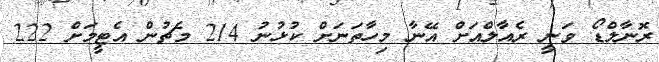
ރޮނާލްޑޯ ވަނީ ރެއާލްއަށް އޭނާ މިހާތަނަށް ކުޅުނު 214 މެޗުން އެޓީމަށް 222